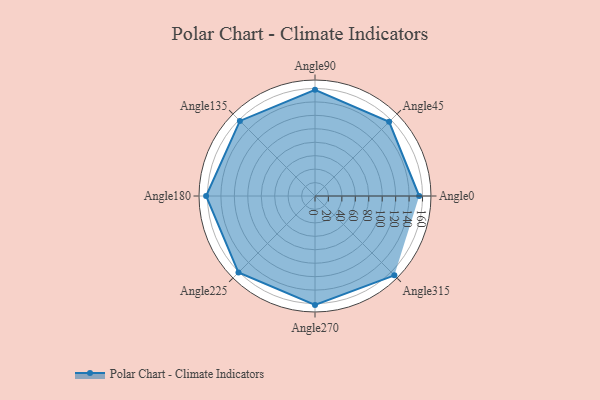
{"axis": {"x": "Angle", "y": "Radius"}, "legend": [""], "data": [{"x": "Angle0", "y": 155.0, "type": ""}, {"x": "Angle45", "y": 156.0, "type": ""}, {"x": "Angle90", "y": 158.0, "type": ""}, {"x": "Angle135", "y": 158.0, "type": ""}, {"x": "Angle180", "y": 162.0, "type": ""}, {"x": "Angle225", "y": 161.0, "type": ""}, {"x": "Angle270", "y": 162.0, "type": ""}, {"x": "Angle315", "y": 167.0, "type": ""}]}